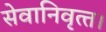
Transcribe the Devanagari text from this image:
सेवानिवृत्‍त।